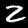
Digit: 2